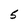
Character: 5